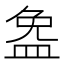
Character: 𪾐